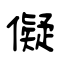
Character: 儗